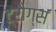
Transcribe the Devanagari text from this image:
ट्रौग्स